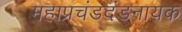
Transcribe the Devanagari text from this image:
महाप्रचंडदंडनायक